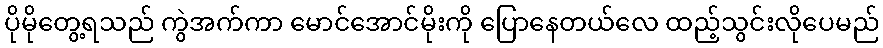
ပိုမိုတွေ့ရသည် ကွဲအက်ကာ မောင်အောင်မိုးကို ပြောနေတယ်လေ ထည့်သွင်းလိုပေမည်